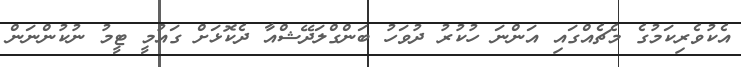
އެކުވެރިކަމުގެ މެޗެއްގައި އަންނަ ހުކުރު ދުވަހު ބަންގްލަދޭޝްއާ ދެކޮޅަށް ގައުމީ ޓީމު ނުކުންނަން